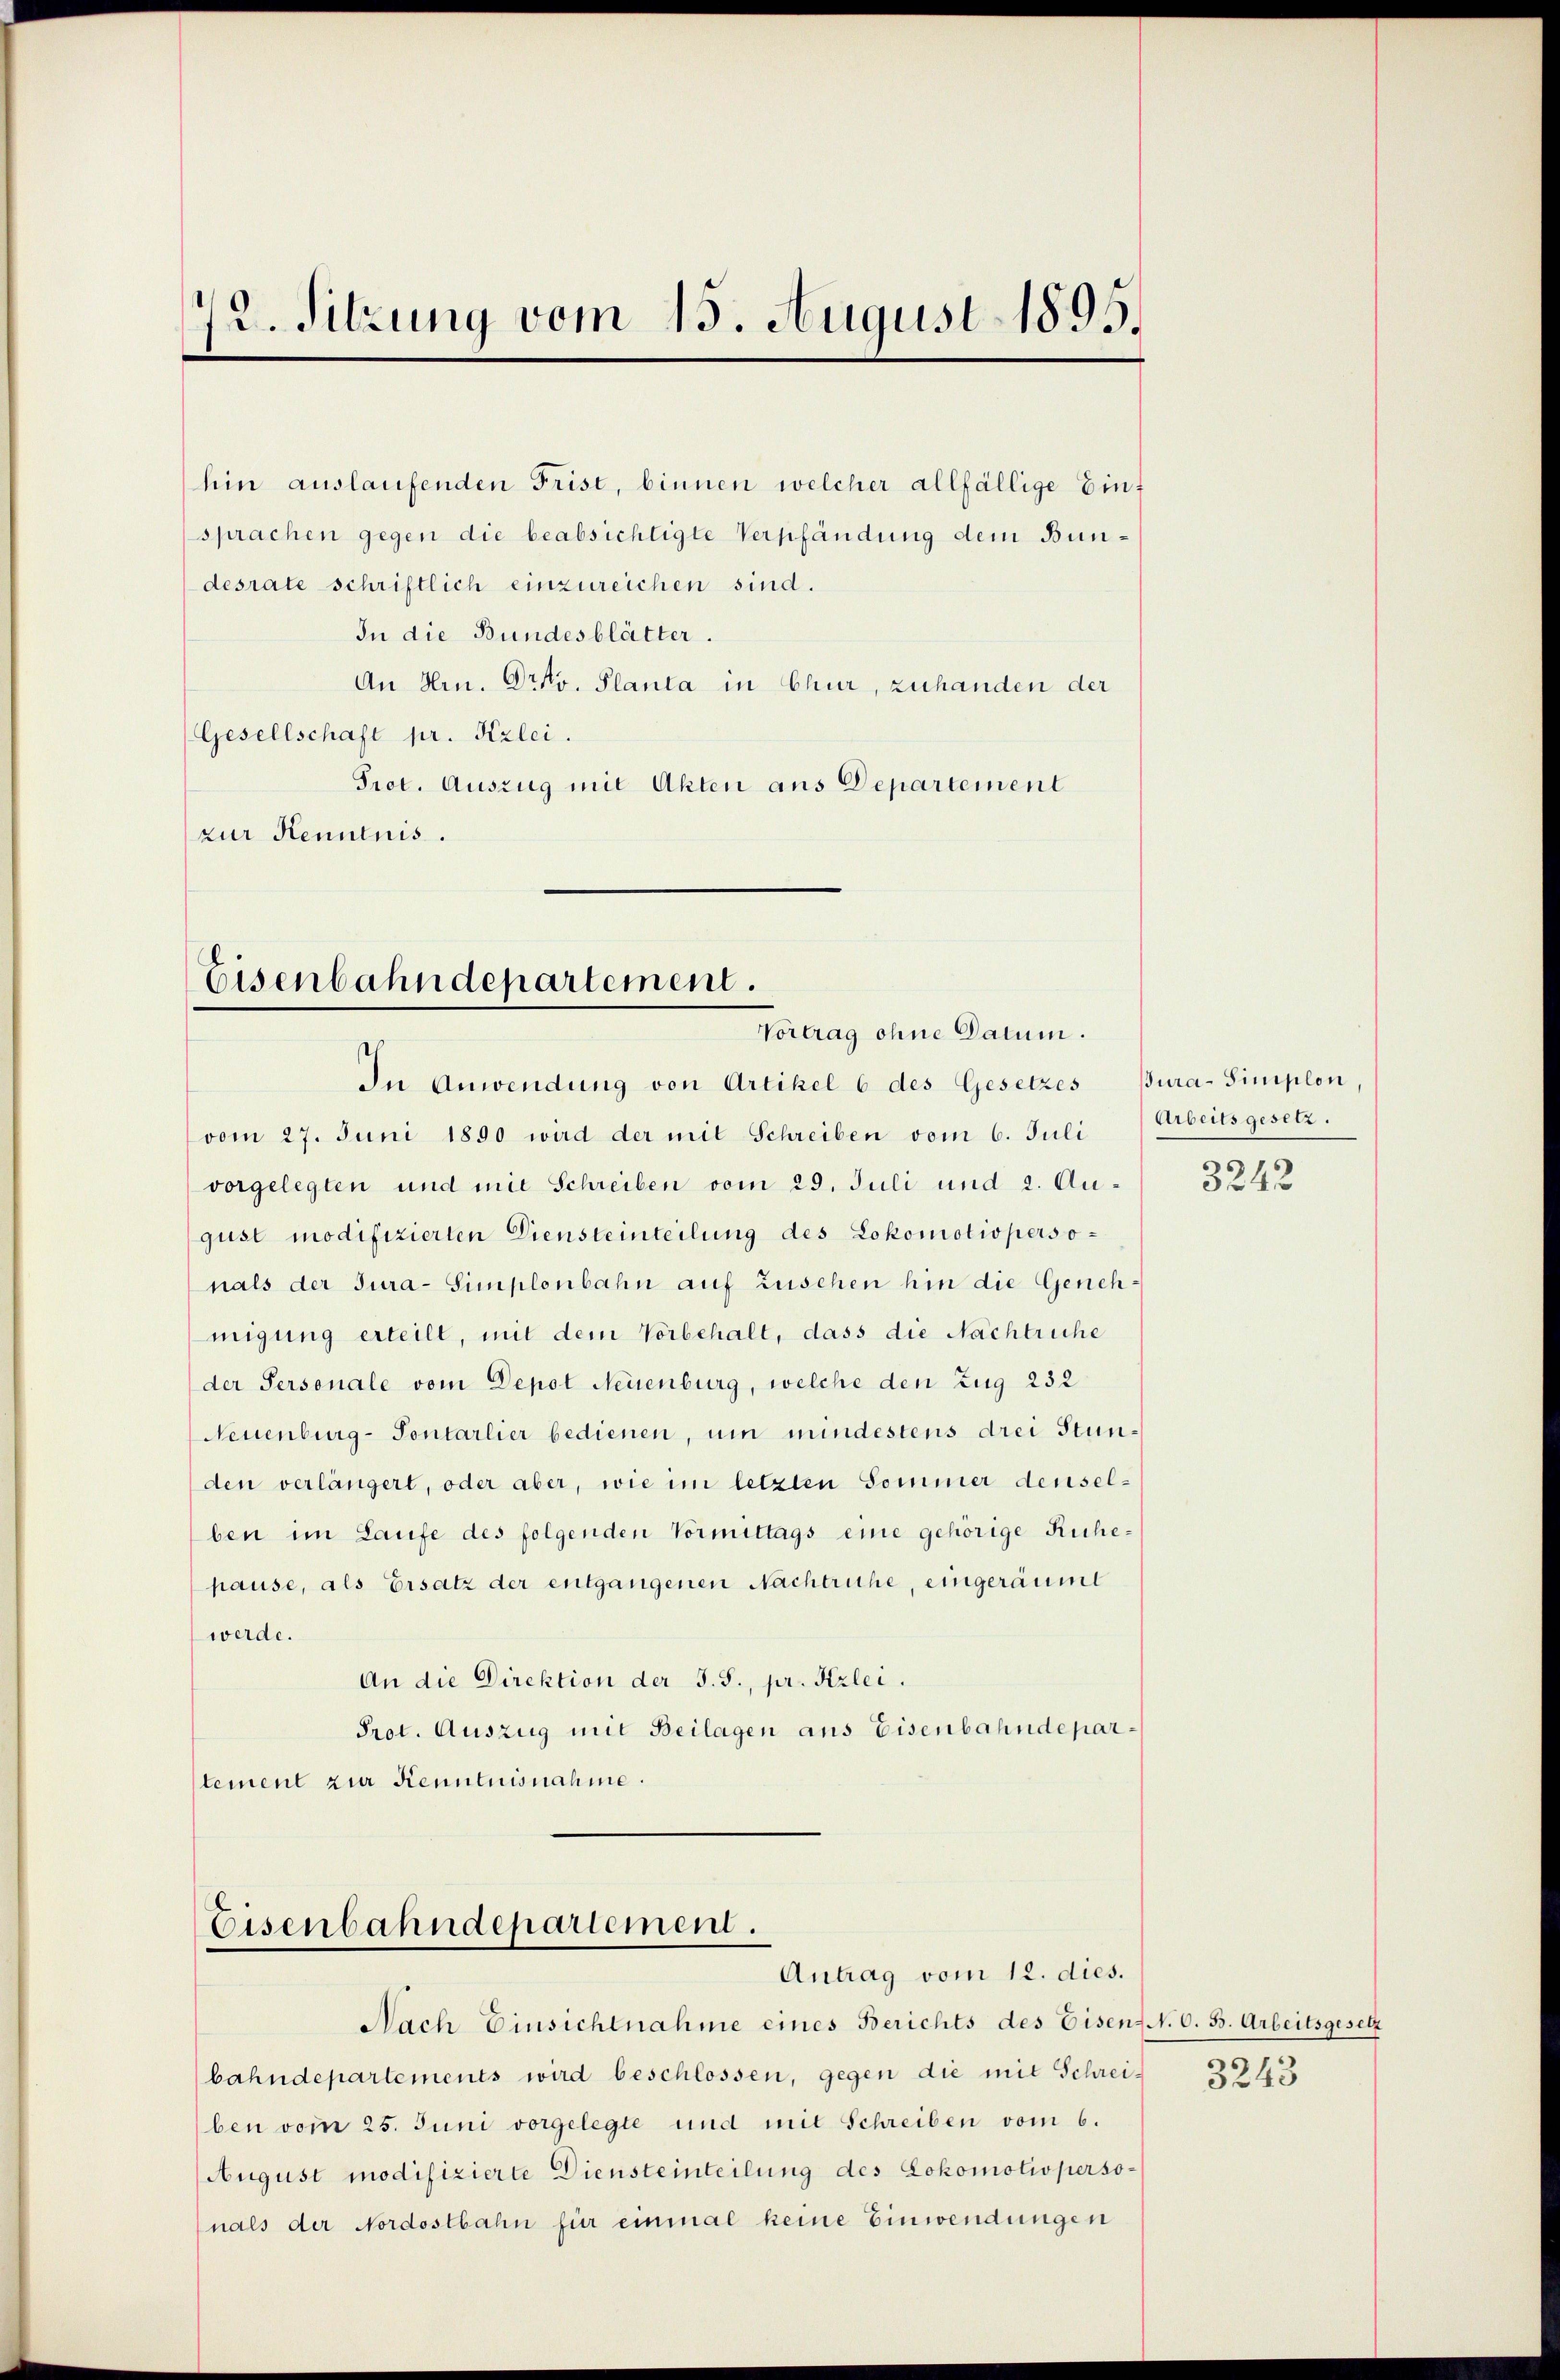
/2. Sitzung vom 15. August 1895.

desrate schriftlich einzureichen sind.
In die Bundesblätter.
An Hrn. Dr v. Planta in Chur, zuhanden der
Gesellschaft pr. Kzlei.
Prot. Auszug mit Akten aus Departement
zur Kenntnis.

In Anwendung von Artikel 6 des Gesetzes Bura-Simplon,
vom 27. Juni 1890 wird der mit Schreiben vom 6. Juli
vorgelegten und mit Schreiben vom 29. Juli und 2. August modifizierten Diensteinteilung des Lokomotiopersonals der Jura-Simplonbahn auf Zusehen hin die Genehmigung erteilt, mit dem Vorbehalt, dass die Nachtruhe
der Personale vom Depot Neuenburg, welche den Zug 232
Neuenburg-Sontarlier bedienen, um mindestens drei Stunden verlängert, oder aber, wie im letzten Sommer denselben im Laufe des folgenden Vormittags eine gehörige Ruhepause, als Ersatz der entgangenen Nachtruhe, eingeräumt
werde.
An die Direktion der S. S., pr. Krlei.
Prot. Auszug mit Beilagen aus Eisenbahndepartement zur Kenntnisnahme.

Eisenbahndepartement.
Vortrag ohne Datum.

Eisenbahndepartement.
Antrag vom 12. dies.

hin auslaufenden Frist, binnen welcher allfällige Eint
sprachen gegen die beabsichtigte Verpfändung dem Bun¬

Nach Einsichtnahme eines Berichts des Eisen. N. O. B. Arbeitsgesetz
bahndepartements wird beschlossen, gegen die mit Schreiben vom 25. Juni vorgelegte und mit Schreiben vom 6.
August modifizierte Diensteinteilung des Lokomotivpersonals der Nordostbahn für einmal keine Einwendungen

Arbeits gesetz.
3242

3243